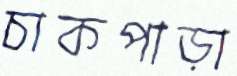
চাকপাড়া